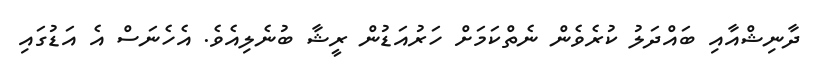
ދާނިޝްއާއި ބައްދަލު ކުރެވެން ނެތްކަމަށް ހަރުއަޑުން ރީޝާ ބުނެލިއެވެ. އެހެނަސް އެ އަޑުގައި